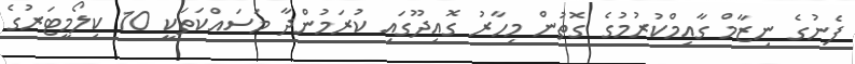
ފެނުގެ ނިޒާމް ގާއިމްކުުރުމުގެ ގޮތުން މިހާރު ގޮއިދޫގައި ކުރަމުންދާ މަސައްކަތަކީ 10 ކިލޯމީޓަރުގެ